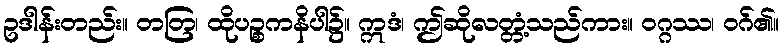
ဥဒါန်းတည်း။ တတြ၊ ထိုပဉ္စကနိပါ၌။ ဣဒံ၊ ဤဆိုလတ္တံ့သည်ကား။ ဝဂ္ဂဿ၊ ဝဂ်၏။